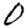
Digit: 0